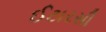
ઈટારસી